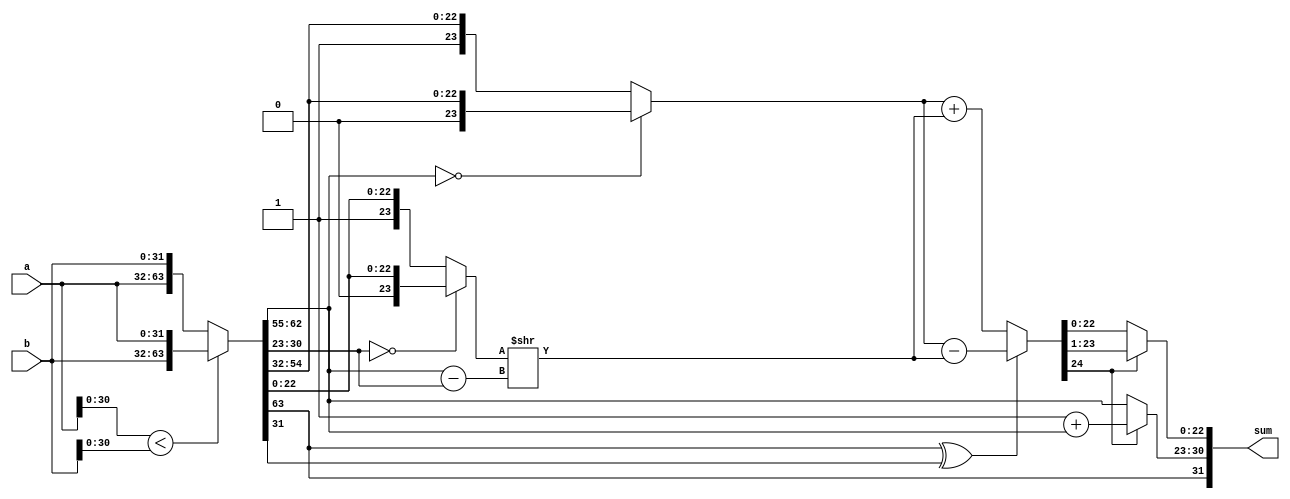
module float_addition(
input [31:0] a,b, //Inputs in the format of IEEE-754 Representation.
output [31:0] sum //Outputs in the format of IEEE-754 Representation.
);

wire sign_out;

wire [31:0] a1,b1;
wire [23:0] mantissa_a,mantissa_b;
wire [7:0] exponent_diff;
wire [23:0] b_shifted;
wire [24:0] total_mantissa;
wire [30:0] sum_unsigned;
wire final_sign;

assign {a1,b1} = (a[30:0] < b[30:0]) ? {b,a} : {a,b}; // replace a and b if magnitude of b is greater than a

assign exp_a = a1[30:23]; // extract the exponents and sign
assign exp_b = b1[30:23];
assign sign_out = a1[31];

assign mantissa_a = (a1[30:23] == 0) ? {1'b0,a1[22:0]} : {1'b1,a1[22:0]}; 
assign mantissa_b = (b1[30:23] == 0) ? {1'b0,b1[22:0]} : {1'b1,b1[22:0]};

assign exponent_diff = a1[30:23] - b1[30:23]; // finding the difference in exponents
assign b_shifted = mantissa_b >> exponent_diff; // right shift b

assign final_sign = a1[31] ^ b1[31];
assign total_mantissa = final_sign?({1'b0,mantissa_a} - {1'b0,b_shifted}):({1'b0,mantissa_a} + {1'b0,b_shifted}); 

assign sum_unsigned[22:0] = total_mantissa[24] ? total_mantissa[23:1] : total_mantissa[22:0]; // calculating the sum's magnitude
assign sum_unsigned[30:23] = total_mantissa[24] ? (1'b1 + a1[30:23]) : a1[30:23];

assign sum =  {sign_out,sum_unsigned}; // giving the final sum with sign as output 
endmodule

module reg_file(clk, rst, address, mode, write, write_data, out);
    // reg_file module of VEDA from Assignment 4
    input clk;
    input rst;
    input [4:0] address;
    input write;
    input [31:0] write_data;
    input mode;

    output reg signed [31:0] out;

    reg [31:0] mem[31:0];
    reg [4:0] add_reg;
    integer i;

    initial begin
        for(i = 0; i < 32; i = i + 1) begin
            mem[i] <= 0;
        end
        mem[1] <= 32'b0_10000001_10010000000000000000000; // = IEEE754 Representation of 6.25
        mem[7] <= 32'b1_01111111_10000000000000000000000; // = IEEE754 Representation of -1.5
        mem[10] <= 32'b0_10000001_00110000000000000000000; // = IEEE754 Representation of 4.75
    end

    always @(posedge clk) begin
        add_reg <= address;
    end
    always @(mem[add_reg]) begin
        out = mem[add_reg];
    end
    always @(posedge clk) begin
        if (write && mode == 1'b0) begin
            mem[address] = write_data;
        end
    end
    always @(posedge rst) begin
        mem[address] = 1'b0;
    end
endmodule

module float_add_verify(clk, out);
    input clk;
    output out;
    wire [31:0] a, b, check, sum;
    reg_file r0(clk, 1'b0, 5'b00001, 1'b1, 1'b0, 32'b0, a);
    reg_file r1(clk, 1'b0, 5'b00111, 1'b1, 1'b0, 32'b0, b);
    reg_file r2(clk, 1'b0, 5'b01010, 1'b1, 1'b0, 32'b0, check);
    float_addition fa0(a,b,sum);
    assign out = (sum == check); // verify that calculated sum is equal to the hardcoded sum given as input
endmodule